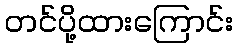
တင်ပို့ထားကြောင်း